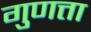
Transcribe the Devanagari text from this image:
गुणत्ता